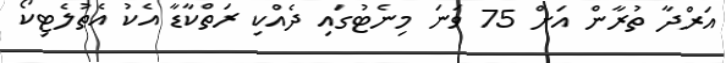
އަރްދާ ތުރާން އަށް 75 ވަނަ މިނެޓުގައި ދެއްކި ރަތްކާޑާ އެކު އެތުލެޓިކޯ